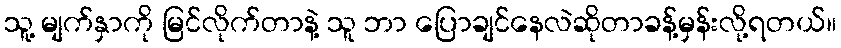
သူ့ မျက်နှာကို မြင်လိုက်တာနဲ့ သူ ဘာ ပြောချင်နေလဲဆိုတာခန့်မှန်းလို့ရတယ်။